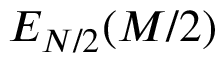
E _ { N / 2 } ( M / 2 )